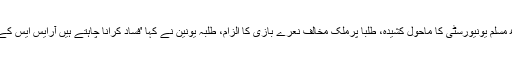
علی گڑھ مسلم یونیورسٹی کا ماحول کشیدہ، طلبا پرملک مخالف نعرے بازی کا الزام، طلبہ یونین نے کہا 'فساد کرانا چاہتے ہیں آرایس ایس کے غنڈے'۔